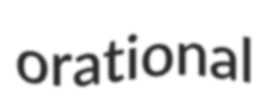
orational